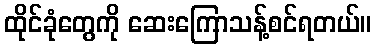
ထိုင်ခုံတွေကို ဆေးကြောသန့်စင်ရတယ်။